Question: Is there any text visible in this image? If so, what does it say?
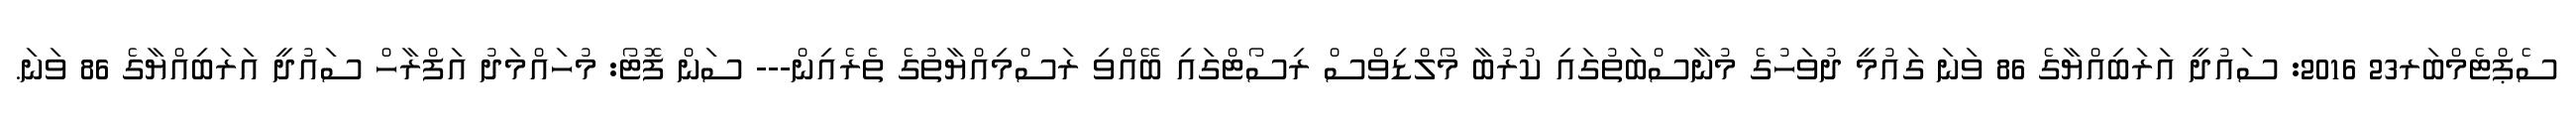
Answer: ސެޕްޓެމްބަރ23 2016: ސައުދީ އަރަބިއްޔާގެ 86 ވަނަ ގައުމީ ދުވަހުގެ މުނާސްބަތުގައި ކުރުބާ މޯލްޑިވްސް ރިސޯޓްގައި ބޭއްވި ރަސްމިއްޔާތުގެ ތެރެއިން--- ސަން ފޮޓޯ: މުހައްމަދު އަފްރާހް ސައުދީ އަރަބިއްޔާގެ 86 ވަނަ.